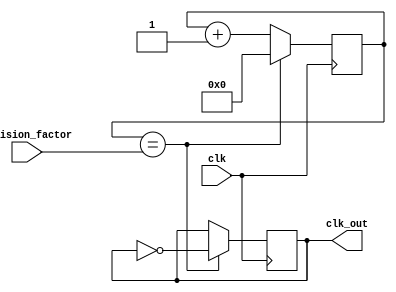
module DualModulusClockDivider (
    input wire clk,
    input wire [7:0] division_factor,
    output wire clk_out
);

    reg [7:0] count_reg;
    reg clk_out_reg;
    
    always @ (posedge clk) begin
        if (count_reg == division_factor) begin
            count_reg <= 0;
            clk_out_reg <= ~clk_out_reg;
        end else begin
            count_reg <= count_reg + 1;
        end
    end
    
    assign clk_out = clk_out_reg;
    
endmodule